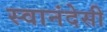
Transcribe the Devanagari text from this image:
स्वानंदेसी